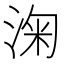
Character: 淗